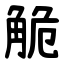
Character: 觤